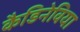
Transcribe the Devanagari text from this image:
कैडिनेविया